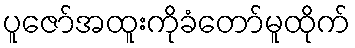
ပူဇော်အထူးကိုခံတော်မူထိုက်